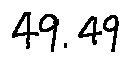
4 9 . 4 9